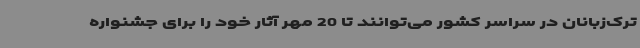
ترک‌زبانان در سراسر کشور می‌توانند تا 20 مهر آثار خود را برای جشنواره